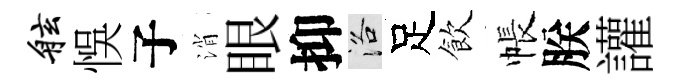
舷悞子消眼抑洛足飲帳朕讙